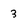
Character: 3